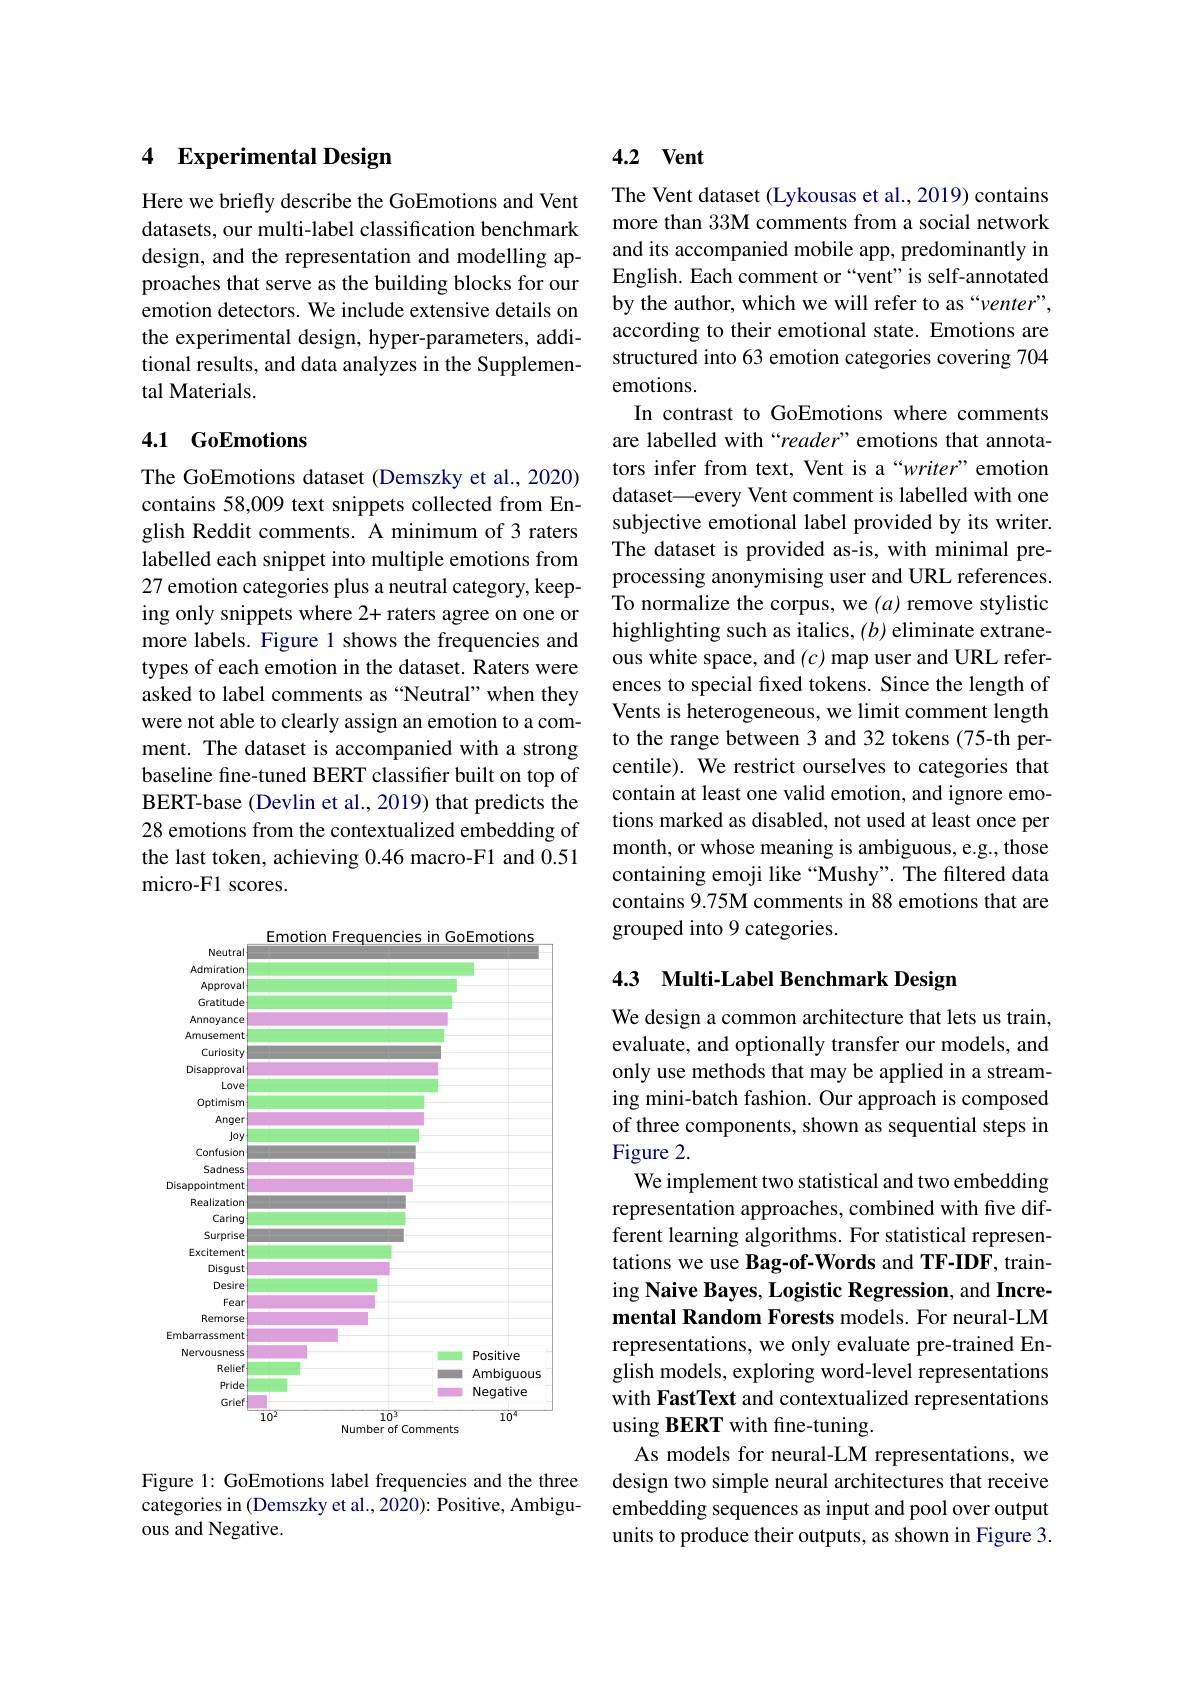
### 4 $\textbf{Experimental Design}$

Here we briefly describe the GoEmotions and Vent datasets, our multi-label classification benchmark design, and the representation and modelling approaches that serve as the building blocks for our emotion detectors. We include extensive details on the experimental design, hyper-parameters, additional results, and data analyzes in the Supplemental Materials.

## 4.1 GoEmotions

The GoEmotions dataset (Demszky et al., 2020) contains 58,009 text snippets collected from English Reddit comments. A minimum of 3 raters labelled each snippet into multiple emotions from 27 emotion categories plus a neutral category, keeping only snippets where 2+ raters agree on one or more labels. Figure 1 shows the frequencies and types of each emotion in the dataset. Raters were asked to label comments as “Neutral”when they were not able to clearly assign an emotion to a comment. The dataset is accompanied with a strong baseline fine-tuned BERT classifier built on top of BERT-base (Devlin et al., 2019) that predicts the 28 emotions from the contextualized embedding of the last token, achieving 0.46 macro-F1 and 0.51 micro-F1 scores.

<FigureHere>

Figure 1: GoEmotions label frequencies and the three categories in (Demszky et al., 2020): Positive, Ambiguous and Negative.

## 4.2 $\mathbf{Vent}$

The Vent dataset (Lykousas et al., 2019) contains more than 33M comments from a social network and its accompanied mobile app, predominantly in English. Each comment or“vent”is self-annotated by the author, which we will refer to as“venter”, according to their emotional state. Emotions are structured into 63 emotion categories covering 704 emotions.
In contrast to GoEmotions where comments are labelled with“reader”emotions that annotators infer from text, Vent is a“writer” emotion dataset—every Vent comment is labelled with one subjective emotional label provided by its writer. The dataset is provided as-is, with minimal preprocessing anonymising user and URL references. To normalize the corpus, we $(a)$ remove stylistic highlighting such as italics, $(b)$ eliminate extraneous white space, and $(c)$ map user and URL references to special fixed tokens. Since the length of Vents is heterogeneous, we limit comment length to the range between 3 and 32 tokens (75-th percentile). We restrict ourselves to categories that contain at least one valid emotion, and ignore emotions marked as disabled, not used at least once per month, or whose meaning is ambiguous, e.g., those containing emoji like “Mushy”. The filtered data contains 9.75M comments in 88 emotions that are grouped into 9 categories.

## 4.3 Multi-Label Benchmark Design

We design a common architecture that lets us train, evaluate, and optionally transfer our models, and only use methods that may be applied in a streaming mini-batch fashion. Our approach is composed of three components, shown as sequential steps in Figure 2.
We implement two statistical and two embedding representation approaches, combined with five different learning algorithms. For statistical representations we use Bag-of-Words and TF-IDF, training Naive Bayes, Logistic Regression, and Incremental Random Forests models. For neural-LM representations, we only evaluate pre-trained English models, exploring word-level representations with FastText and contextualized representations using BERT with fine-tuning.
As models for neural-LM representations, we design two simple neural architectures that receive embedding sequences as input and pool over output units to produce their outputs, as shown in Figure 3